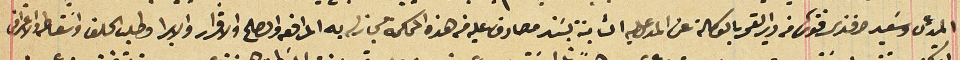
المدعى وسَعيد افندى فتوش من دير القمر بالوكالة عن المدعى عليه الثابتة بسَند مصادق عليه فى هذه المحكمة مجاز له به المرافعه والصلح والاقرار والابرا وطلب الحلف واسقاطه والاعتراض